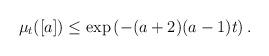
LaTeX: \begin{align*}\begin{aligned}\mu_{t}([a])&\leq\exp\left(-{(a+2)(a-1)}t\right).\end{aligned}\end{align*}